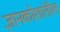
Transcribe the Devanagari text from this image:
ज्ञानकोशांतील